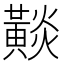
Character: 𪏋